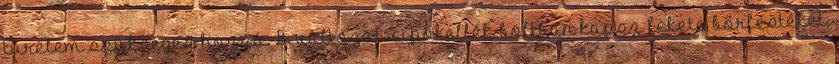
türelem szükséges hozzá. B. változat: cipőkellék-boltban kapsz fekete bőrfestéket,